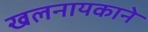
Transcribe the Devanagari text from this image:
खलनायकाने